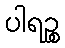
ပါရဉ္စ